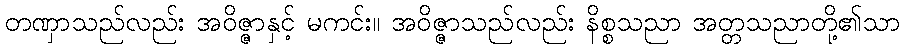
တဏှာသည်လည်း အဝိဇ္ဇာနှင့် မကင်း။ အဝိဇ္ဇာသည်လည်း နိစ္စသညာ အတ္တသညာတို့၏သာ